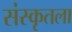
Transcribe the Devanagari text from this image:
संस्कृतला